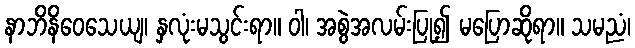
နာဘိနိဝေသေယျ၊ နှလုံးမသွင်းရာ။ ဝါ၊ အစွဲအလမ်းပြု၍ မပြောဆိုရာ။ သမညံ၊